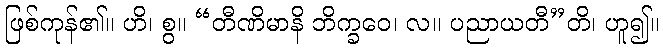
ဖြစ်ကုန်၏။ ဟိ၊ စွ။ “တီဏိမာနိ ဘိက္ခဝေ၊ လ။ ပညာယတီ”တိ၊ ဟူ၍။